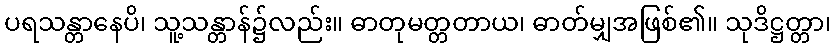
ပရသန္တာနေပိ၊ သူ့သန္တာန်၌လည်း။ ဓာတုမတ္တတာယ၊ ဓာတ်မျှအဖြစ်၏။ သုဒိဋ္ဌတ္တာ၊